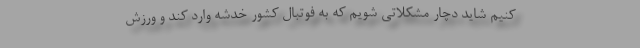
کنیم شاید دچار مشکلاتی شویم که به فوتبال کشور خدشه وارد کند و ورزش